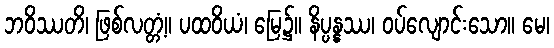
ဘဝိဿတိ၊ ဖြစ်လတ္တံ့။ ပထဝိယံ၊ မြေ၌။ နိပ္ပန္နဿ၊ ဝပ်လျောင်းသော။ မေ၊